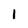
Character: 1